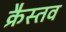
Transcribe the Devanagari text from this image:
क्रैस्तव